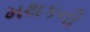
મથકની